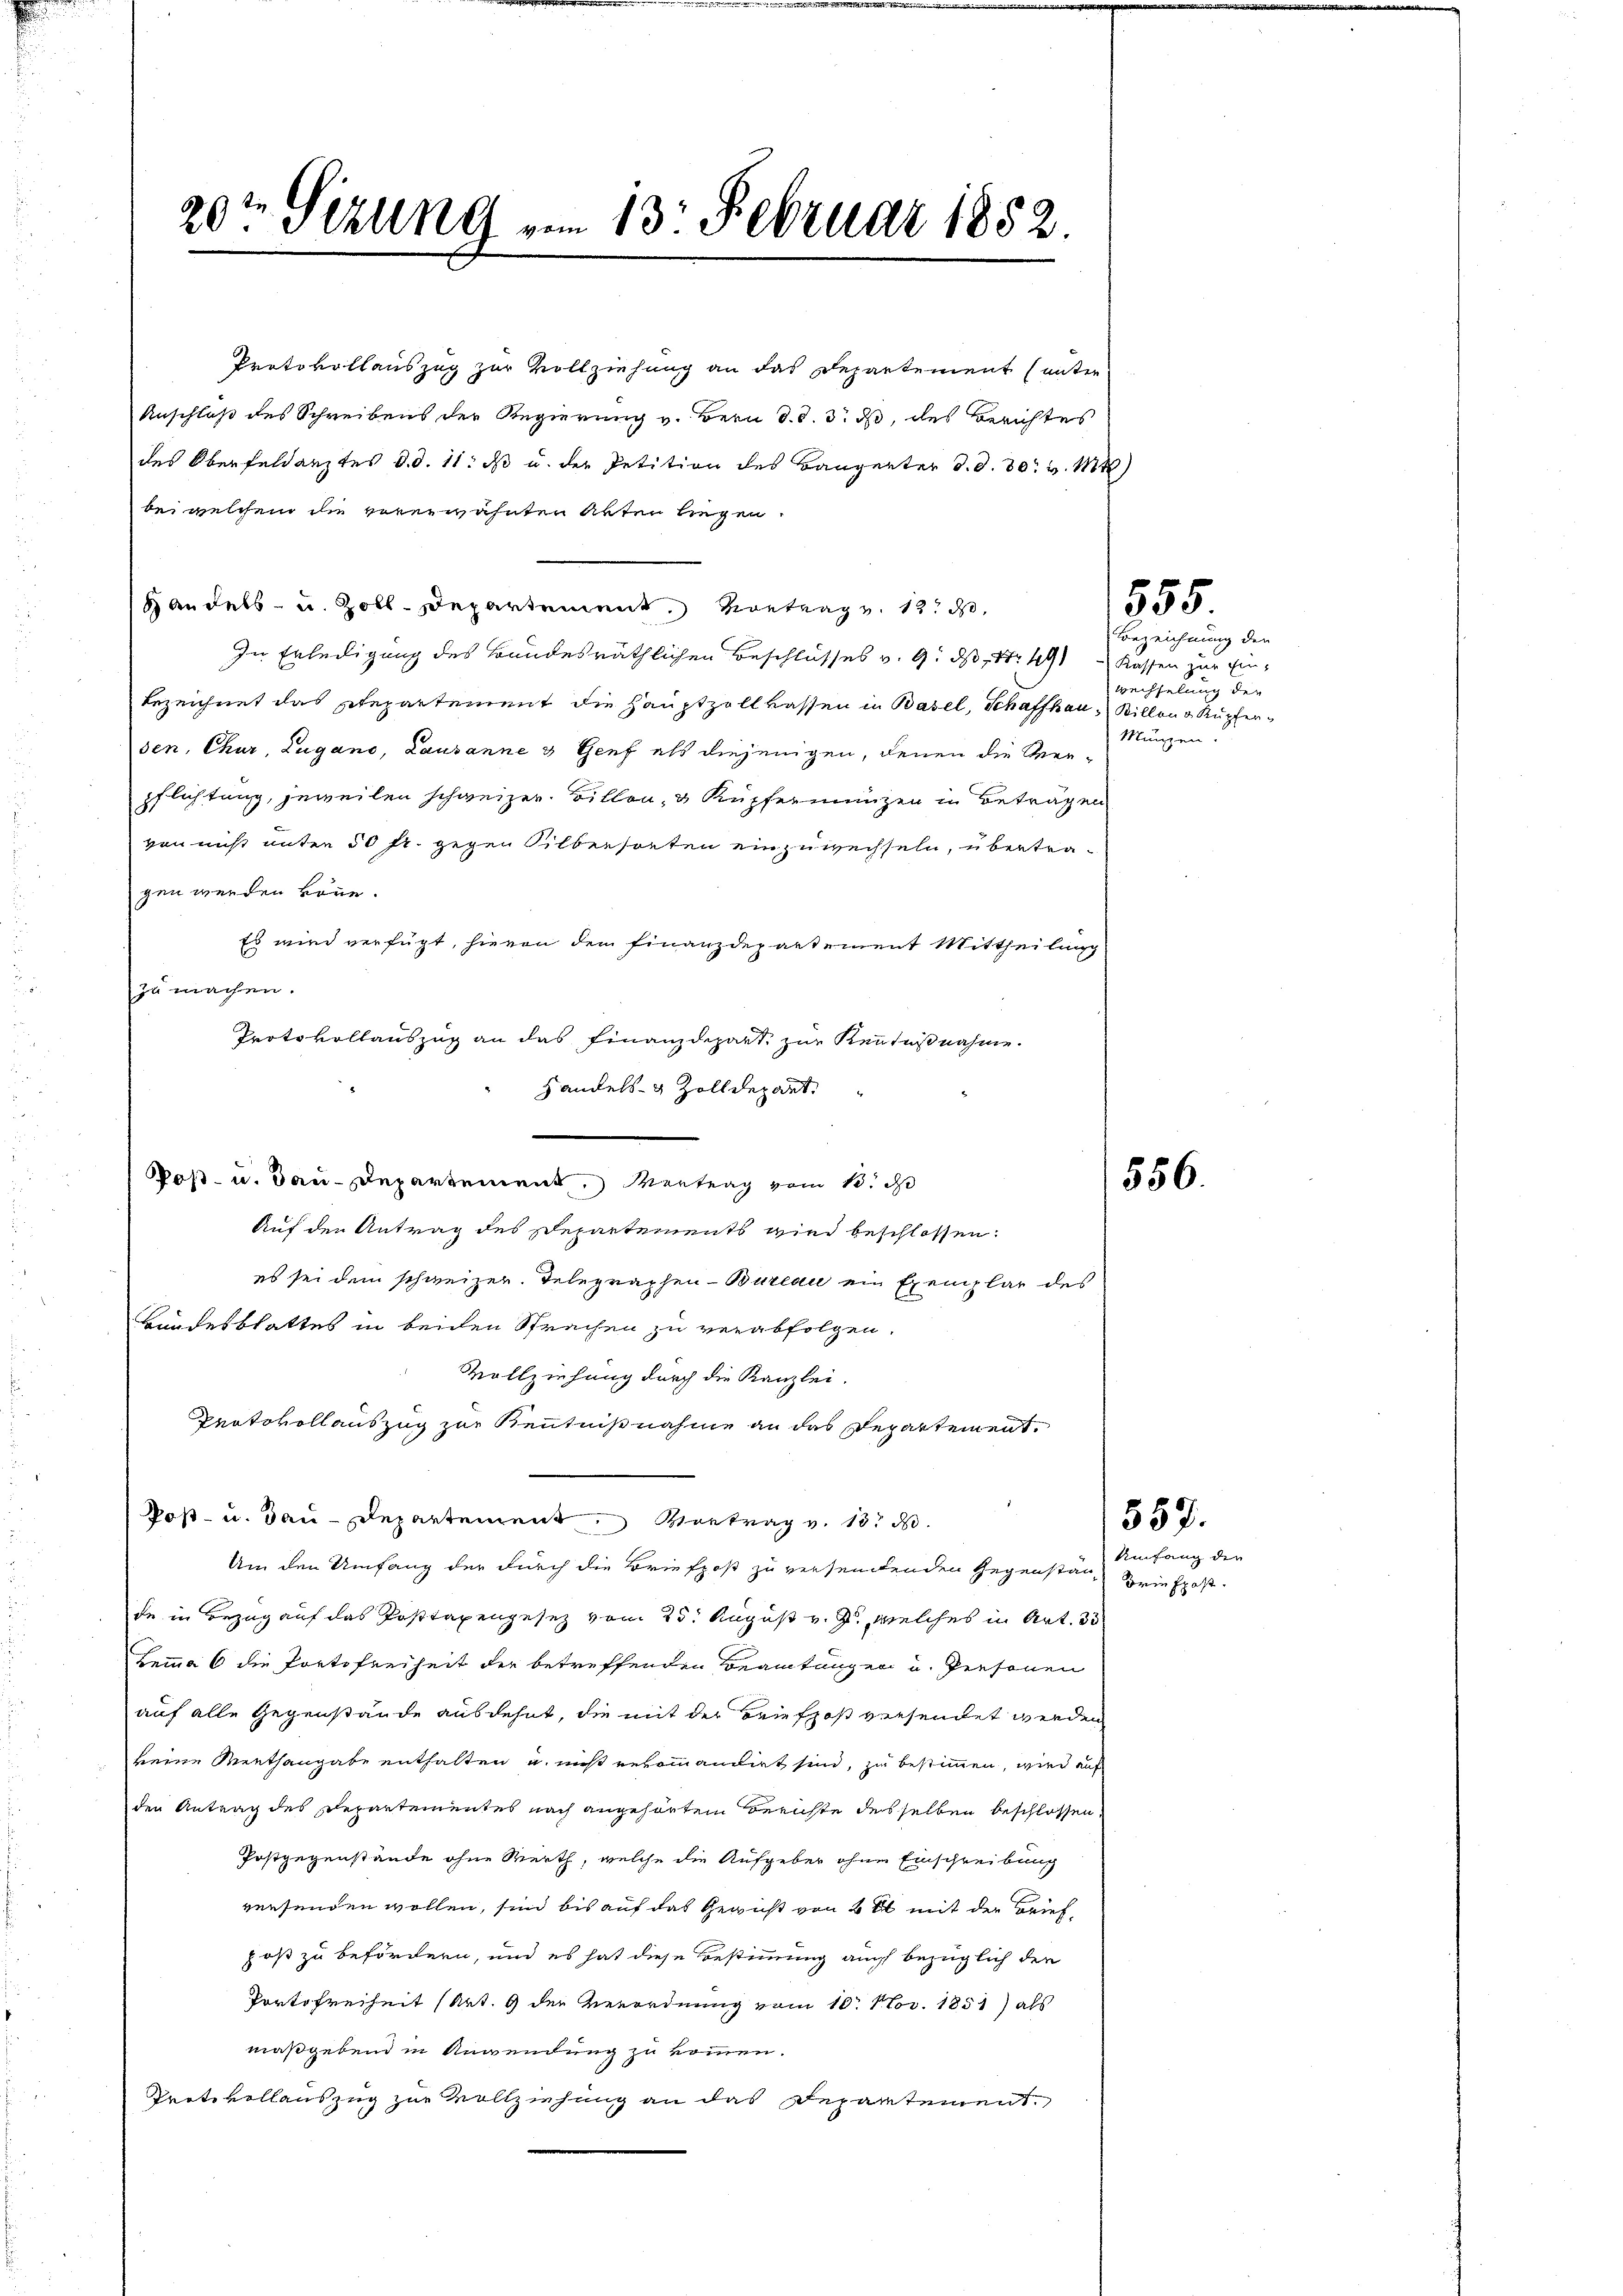
20t Sizung v. 13. Februar 1852.

In Erledigung des Bundesräthlichen Beschlusses v. 9. ds Fr. 491 " Kassen zur Ein-
bezeichnet das Departement die Hauptzollkassen in Basel, Schaffhaus Billen & Rupfer-
den, Chur, Zugano, Lausanne & Genf als diejenigen, denen die Ver-
pflichtung, jeweilen schweizer Billen, & Kupfermanzen in Betragen
von nicht unter 50 fr. gegen Silbersteten einzuwechseln, übertragen werden könne.
Es wird verfügt, hievon dem Finanzdepartement Mittheilung
zu machen.
Protokollauszug an das Finanzdepart, zur Kenntnißnahme.
Auf den Antrag des separtements wird beschlossen:
es sei dem schweizer. Telegraphen-Bureau ein Exemplar des
Bundesblattes in beiden Sprachen zu verabfolgen.
Vollziehung durch die Kanzlei.
Protokollauszug zur Kenntnißnahme an das Departement.
Post- u. Bau-Departement Vortrag v. 1873.
Um den Umfang der durch die Briefpost zu versendenden Gegenstände in Bezug auf das Posttaxengesetz vom 25. August v. J., welches in Art. 33
Lemma 6 die Portofreiheit der betreffenden Beamtungen u. Personen
auf alle Gegenstände ausdehnt, die mit der Briefpost versendet werden
keine Menthangabe enthalten u. nicht rekommandirt sind, zu bestimmen, wird auf
den Antrag des Departementes nach angehörten Berichte desselben beschlossen
Postgegenstände ohne Werth, welche die Aufgeber ohne Einschreibung
versenden wollen, sind bis auf das Gewicht von 2 et mit der Brief,
post zu befördern, und es hat diese Bestimmung auch bezüglich den
Portofreiheit (Art. 9 der Verordnung vom 10. Nov. 1851) als
maßgebend in Anwendung zu kommen.
Prote vollauszug zur Vollziehung an das Departement.

Protokollauszug zur Vollziehung an das Departement (unter
Anschloß des Schreibens der Regierung v. Bern d. d. 3. ds, des Berichtes
des Oberfeldarztes d.d. 11. ds u. der Petition des Baugerter d. d. 30. v. Mt
bei welchem die vorerwähnten Akten liegen.
 Andels- u. Zoll-Departement. Vortrag v. 12. d.

Handels- & Zolldepart.
Poß- u. Bau-Departement, Vertrag vom 13. d

555

Bezeichnung der
wechseln der
Münzen.

556.

557.

Umfang den
Driefpost.